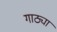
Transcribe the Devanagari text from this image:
गाठ्या